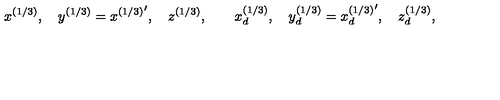
x ^ { ( 1 / 3 ) } , \quad y ^ { ( 1 / 3 ) } = { x ^ { ( 1 / 3 ) } } ^ { \prime } , \quad z ^ { ( 1 / 3 ) } , \qquad x _ { d } ^ { ( 1 / 3 ) } , \quad y _ { d } ^ { ( 1 / 3 ) } = { x _ { d } ^ { ( 1 / 3 ) } } ^ { \prime } , \quad z _ { d } ^ { ( 1 / 3 ) } ,